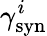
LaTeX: \gamma_{\mathrm{syn}}^{i}